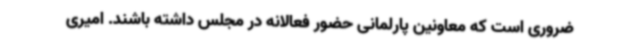
ضروری است که معاونین پارلمانی حضور فعالانه در مجلس داشته باشند. امیری